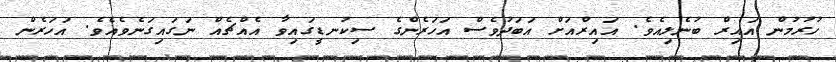
ހުރުމުން އައިރް ބުނެލިއެވެ. އައިރްއަށް އަބަދުވެސް އަހަރެންގެ ސިކުނޑީގައިވާ އެއްޗެއް ނަގައިގަނެވެއެވެ. އަހަރެން